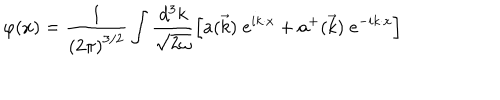
LaTeX: \varphi ( x ) = \frac { 1 } { \left( 2 \pi \right) ^ { 3 / 2 } } \int \frac { d ^ { 3 } k } { \sqrt { 2 \omega } } \left[ a ( \vec { k } ) \; e ^ { i k \cdot x } + a ^ { + } ( \vec { k } ) \; e ^ { - i k \cdot x } \right]